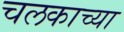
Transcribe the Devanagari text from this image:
चलकाच्या